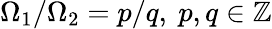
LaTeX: \Omega_{1}/\Omega_{2}=p/q,\ p,q\in\mathbb{Z}